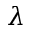
\lambda